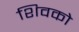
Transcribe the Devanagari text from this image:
शिवको